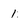
Character: 1